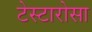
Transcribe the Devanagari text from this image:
टेस्टारोसा